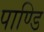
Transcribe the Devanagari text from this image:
पाण्डि